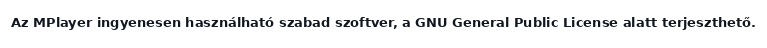
Az MPlayer ingyenesen használható szabad szoftver, a GNU General Public License alatt terjeszthető.